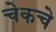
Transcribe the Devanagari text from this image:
चेकचे